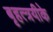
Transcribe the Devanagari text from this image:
बृहत्त्रयीके